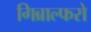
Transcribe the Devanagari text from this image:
गिब्राल्फरो